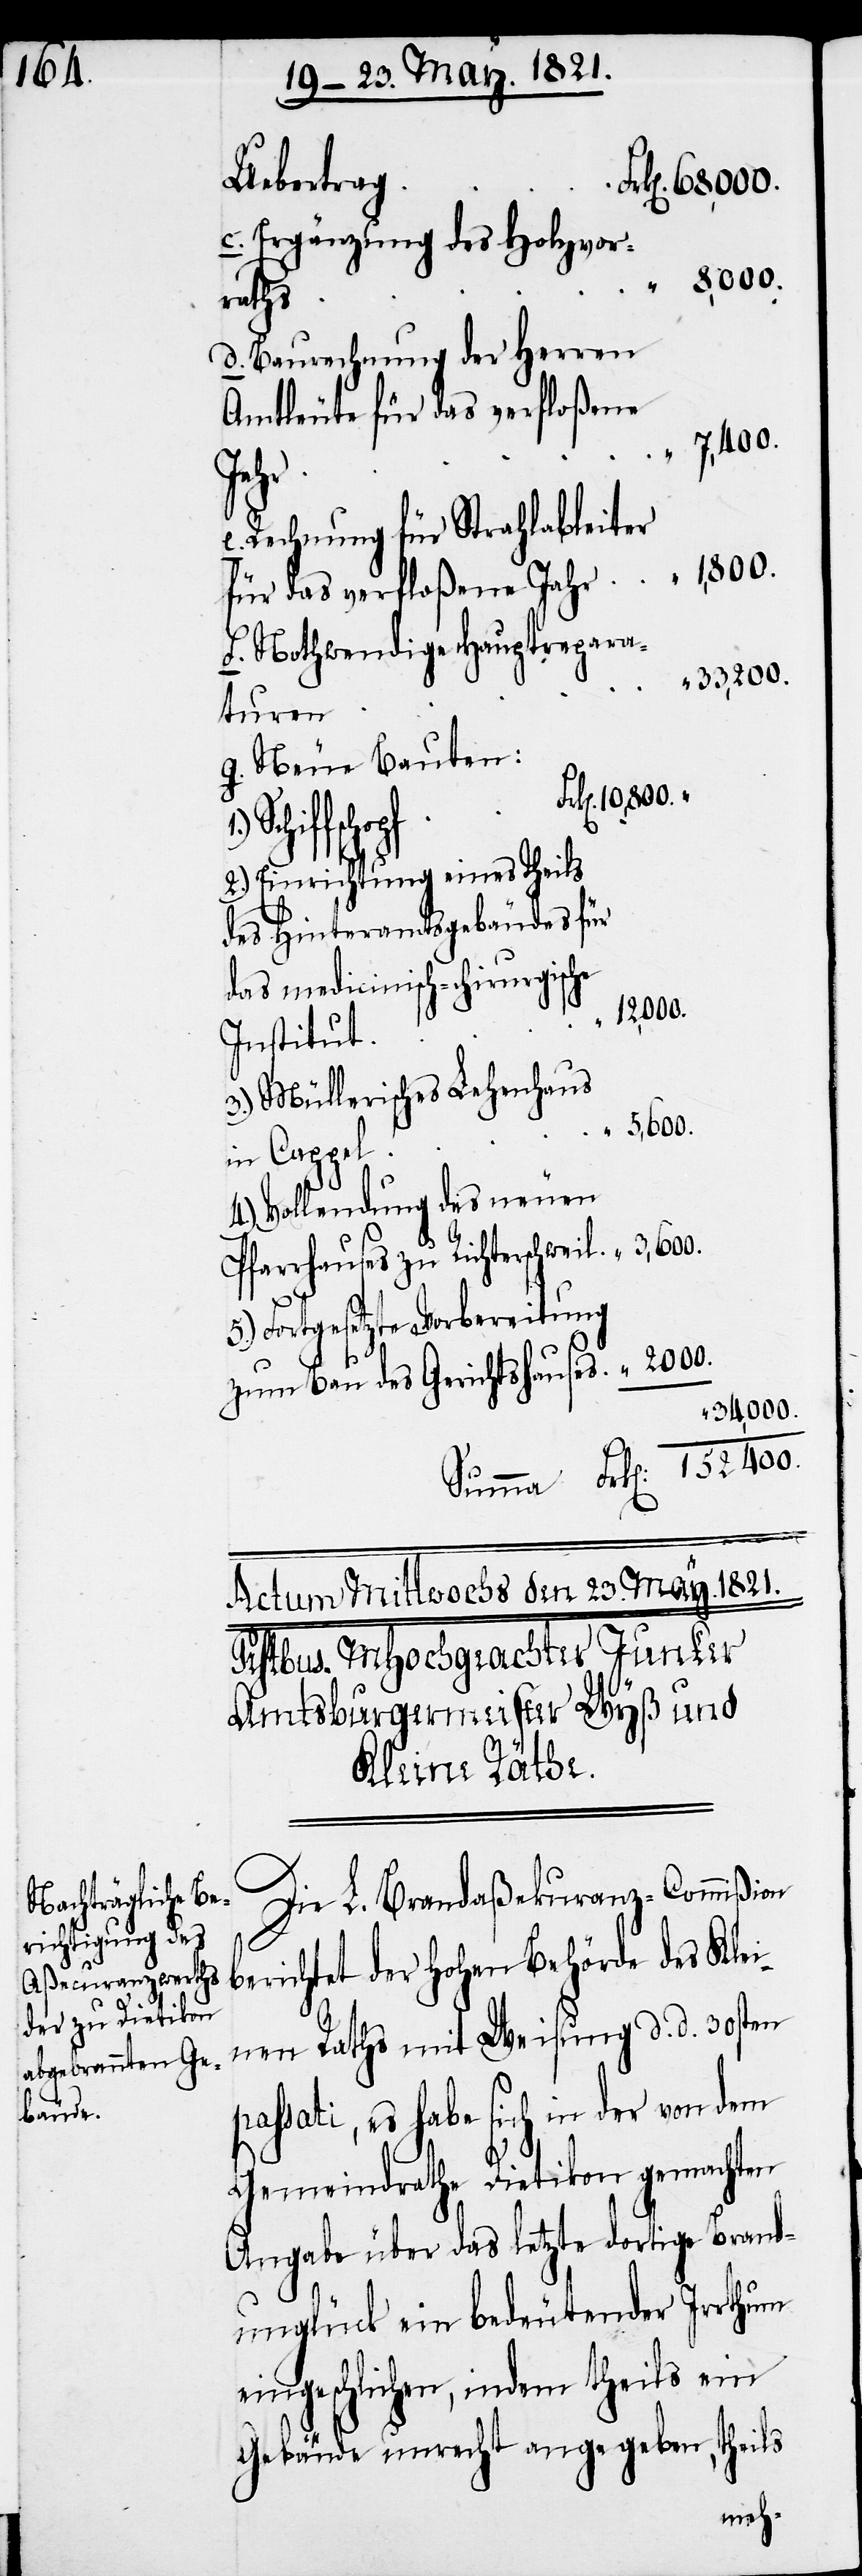
Uebertrag
Ergänzung des Holzvor¬
raths
Baurechnung der Herren
iter für das verfloßene
7,400.
Jahr
Rechnung für Strahlable¬
Nothwendige Hauptrepara¬
33,200.
turen
Neue Bauten:
Einrichtung eines Theils
des Hinteramtsgebäudes für
das medicinisch-chirurgische
152 400.
Institut
Müllerisches Lehenhaus
3,600.
in Cappel
Vollendung des neuen
Pfarrhauses zu Richterschweil
Fortgesetzte Vorbereitung
zum Bau des Gerichtshauses
34,000.
Die L. Brandaßecuranz-Commißion
berichtet der hohen Behörde des Klei¬
nen Raths mit Weisung d. d. 30sten
passati, es habe sich in der von dem
Gemeindrathe Dietikon gemachten
Angabe über das letzte dortige Brand¬
unglück ein bedeutender Irrthum
eingeschlichen, indem theils ein
Gebäude unrecht angegeben, theils